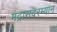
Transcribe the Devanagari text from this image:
मद्रासदरम्यान